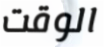
الوقت